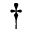
^ \dagger